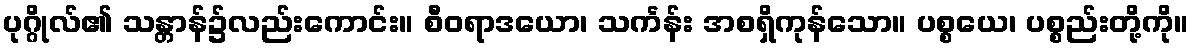
ပုဂ္ဂိုလ်၏ သန္တာန်၌လည်းကောင်း။ စီဝရာဒယော၊ သင်္ကန်း အစရှိကုန်သော။ ပစ္စယေ၊ ပစ္စည်းတို့ကို။